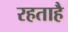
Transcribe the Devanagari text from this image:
रहताहै